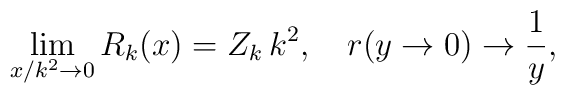
\lim_{x/k^2\to 0}  R_k(x)=Z_k\,k^2, \quad r(y\to 0) \to \frac{1}{y},